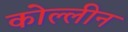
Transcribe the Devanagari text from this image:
कोल्लीन